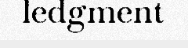
ledgment